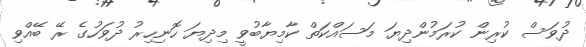
ދުވަސް ކުރިން ކުރަމުންދިޔަ މަސައްކަތް ކާމިޔާބުވީ މިދިޔަ ހޮނިހިރު ދުވަހުގެ ރޭ ބޭއްވި